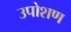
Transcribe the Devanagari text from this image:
उपोशण